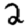
Digit: 2